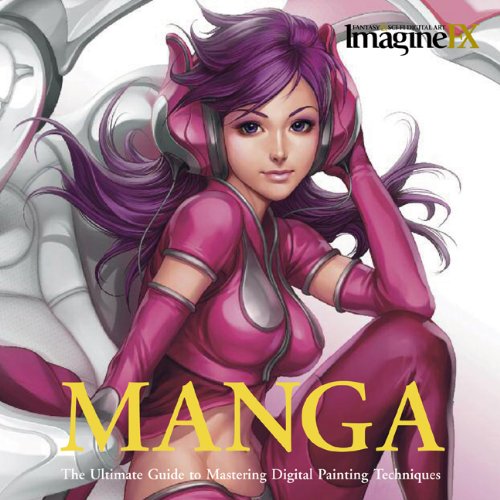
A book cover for Manga: The Ultimate Guide to Mastering Digital Painting Techniques (ImagineFX); ImagineFX; Arts & Photography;